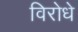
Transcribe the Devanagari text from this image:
विरोधे